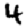
Digit: 4